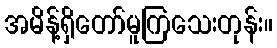
အမိန့်ရှိတော်မူကြသေးတုန်း။